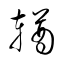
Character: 輶